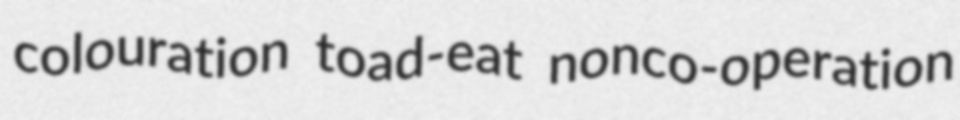
colouration toad-eat nonco-operation